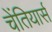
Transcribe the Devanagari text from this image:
चेंतियार्स